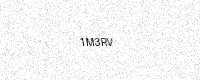
Text: 1M3RV